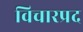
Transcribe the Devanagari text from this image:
विचारप्रद